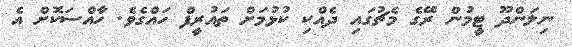
ނިލަންދޫ ޓީމުން ރޭގެ މެޗުގައި ދެއްކި ކުޅުމަށް ތައުރީފް ހައްގެވެ. ހާއްސަކޮށް އެ